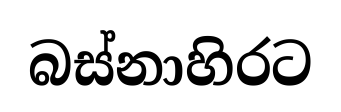
බස්නාහිරට